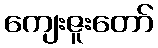
ကျေးဇူးတော်